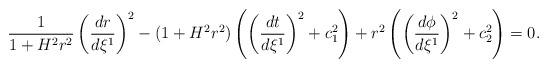
LaTeX: \begin{align*}\frac{1}{1+H^2r^2}\left(\frac{dr}{d\xi^1}\right)^2-(1+H^2r^2)\left(\left(\frac{dt}{d\xi^1}\right)^2+c_1^2\right)+r^2\left(\left(\frac{d\phi}{d\xi^1}\right)^2+c_2^2\right)=0.\end{align*}